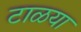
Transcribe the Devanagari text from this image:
टाळया